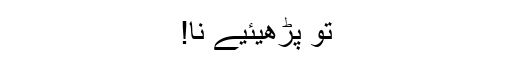
تو پڑھیئیے نا!